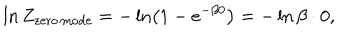
LaTeX: \ln Z _ { \mathrm { z e r o \, m o d e } } = - \ln \left( 1 - e ^ { - \beta 0 } \right) = - \ln \beta \cdot 0 ,